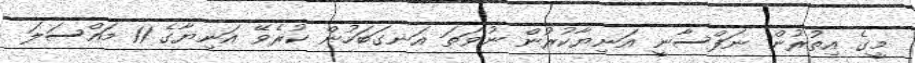
މީގެ އިތުރުން ނަފްސާނީ އަނިޔާކުރުން ނުވަތަ އަނގަބަހުން ކުރެވޭ އަނިޔާގެ 11 މައްސަލަ